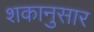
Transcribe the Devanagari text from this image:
शकानुसार